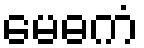
မေဓကံ